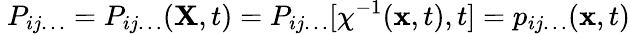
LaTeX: \ P_{ij\ldots}=P_{ij\ldots}(\mathbf{X},t)=P_{ij\ldots}[\chi^{-1}(\mathbf{x},t),t]=p_{ij\ldots}(\mathbf{x},t)